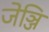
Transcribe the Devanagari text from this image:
जेञ्जि